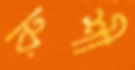
রুশী